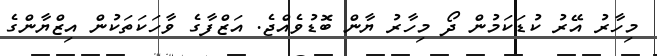
މިހާރު އޭރު ކުޑަކަމުން ދޯ މިހާރު ޔާން ބޮޑުވެއްޖެ. އަޒްފާގެ ވާހަކަތަކުން އިޒްޔާންގެ